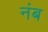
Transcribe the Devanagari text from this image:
नंब